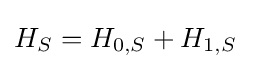
H_{S}=H_{0,S}+H_{1,S}~